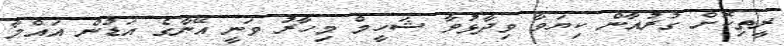
ރީތިކޮށް ގުރުއާން ކިޔަވާ ވިދާޅުވާ ޝަހީމް މިހާރު ވަނީ އޭނާގެ އަޑުން އައްމާ